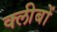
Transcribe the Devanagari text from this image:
क्लीबों